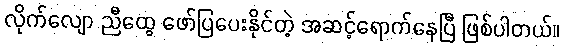
လိုက်လျော ညီထွေ ဖော်ပြပေးနိုင်တဲ့ အဆင့်ရောက်နေပြီ ဖြစ်ပါတယ်။